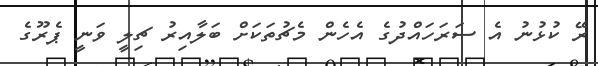
ރޭ ކުޅުނު އެ ސަރަހައްދުގެ އެހެން މެޗުތަކަށް ބަލާއިރު ޗިލީ ވަނީ ޕެރޫގެ